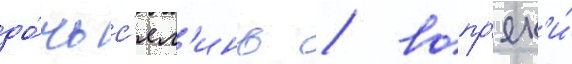
до́чь с'ял'инь / вопр'ек'и́